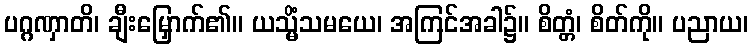
ပဂ္ဂဏှာတိ၊ ချီးမြှောက်၏။ ယသ္မိံသမယေ၊ အကြင်အခါ၌။ စိတ္တံ၊ စိတ်ကို။ ပညာယ၊